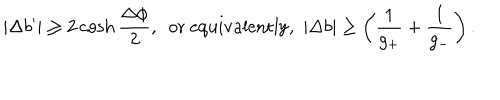
| \Delta b ^ { \prime } | \ge 2 \cosh { \frac { \Delta \phi } { 2 } } , ~ ~ \mathrm { o r ~ e q u i v a l e n t l y , } ~ ~ | \Delta b | \ge \left( \frac { 1 } { g _ { + } } + \frac { 1 } { g _ { - } } \right) .